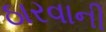
ઠારવાની